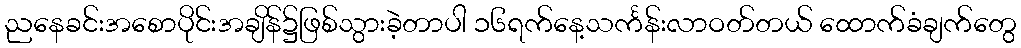
ညနေခင်းအစောပိုင်းအချိန်၌ဖြစ်သွားခဲ့တာပါ ၁၆ရက်နေ့သင်္ကန်းလာဝတ်တယ် ထောက်ခံချက်တွေ